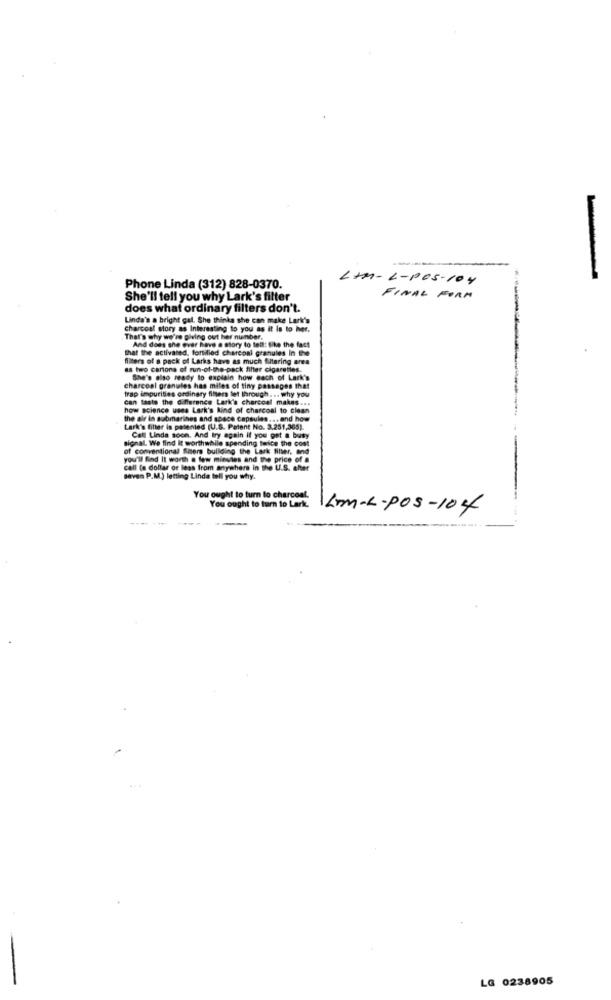
-
LAM-L-POS-104
Phone Linda (312) 828-0370.
She'll tell you why Lark's filter
FINAL FORM
does what ordinary filters don't.
Linda's a bright gal. She thinks she can make Lark's
charcoal story as Interesting to you as it Is to her.
That's why we're giving out her number.
that the activated, fortified charcoal granules In the
And does the ever have a story to tell: like the fact
filters of a pack of Larks have as much filtering area
as two cariona of run-of-the-pack filter cigaretles.
She's also ready to explain how each of Lark's
charcoal granules has miles of tiny passages that
can taste the difference Lark's charcoal makes ...
rap impurities ordinary filters let through ... why you
how science uses Lask's kind of charcoal to clean
the air is submarines and space capsules ... and how
Lark's filter is patented (U.S. Patent No. 3.251,365).
signal. We find It worthwhile spending twice the cost
Call Linda soon. And try again if you get a busy
of conventional Miers building the Lark filter, and
you'll find It worth a few minutes and the price
call (a dollar or less from anywhere in the U.S. after
seven P.M.) letting Linda tell you why.
You ought to turn to charcoal.
You ought to turn to Lark.
KLIM-L-POS-104
---
LG 0238905